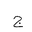
Letter: _gim